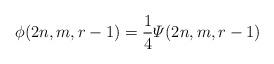
LaTeX: \begin{align*}\phi(2n,m,r-1)=\frac{1}{4}\varPsi(2n,m,r-1)\end{align*}